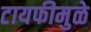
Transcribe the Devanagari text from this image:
टायफीमुळे